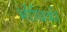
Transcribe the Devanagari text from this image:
भौथिकी